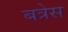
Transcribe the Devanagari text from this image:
बत्रेस